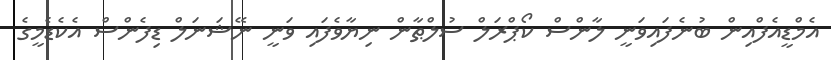
އެމްޑީއެފްއިން ބުނެފައިވަނީ ލާންސް ކޯޕްރަލް ސުލްޠާން ނިޔާވެފައި ވަނީ ނޭޝަނަލް ޑިފެންސް އެކެޑެމީގެ